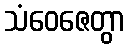
သံဝေဇေတွာ